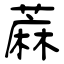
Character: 蔴